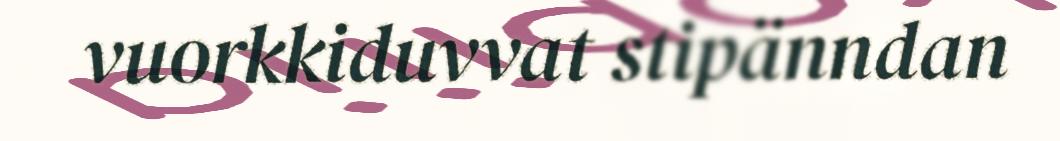
vuorkkiduvvat stipänndan